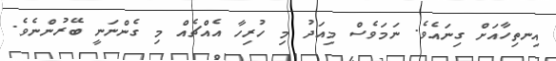
އިނތިހާއަށް ގިނައެވެ. ނަމަވެސް މިއަދު މި ހުރިހާ އެއްޗެއް މި ގެންނަނީ ބޭރުންނެވެ.